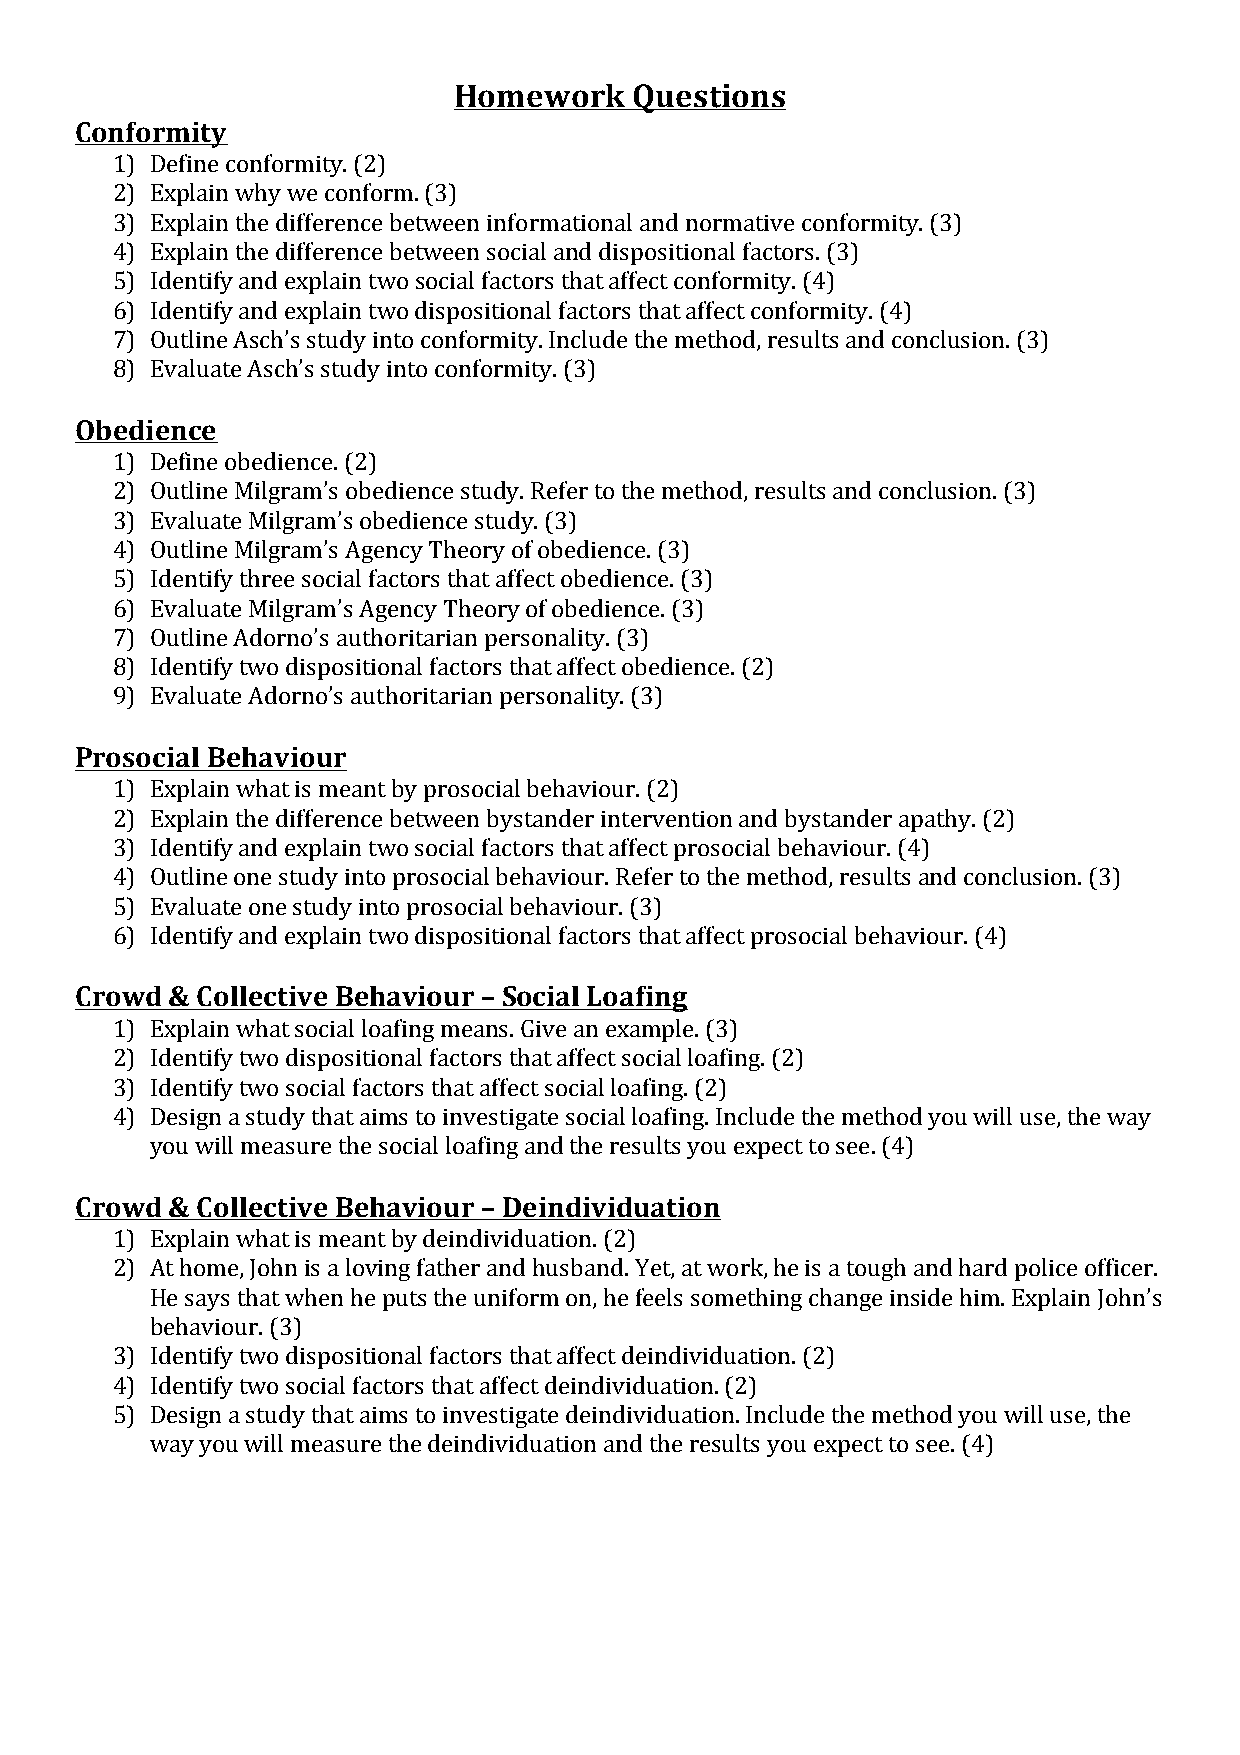
Homework    Questions
 Conformity
 1) Define conformity. (2)
 2) Explain why we conform. (3)
 3) Explain the difference between informational and normative conformity. (3)
 4) Explain the difference between social and dispositional factors. (3)
 5) Identify and explain two social factors that affect conformity. (4)
 6) Identify and explain two dispositional factors that affect conformity. (4)
 7) Outline Asch’s study into conformity. Include the method, results and conclusion. (3)
 8) Evaluate Asch’s study into conformity. (3)
 Obedience
 1) Define obedience. (2)
 2) Outline Milgram’s obedience study. Refer to the method, results and conclusion. (3)
 3) Evaluate Milgram’s obedience study. (3)
 4) Outline Milgram’s Agency Theory of obedience. (3)
 5) Identify three social factors that affect obedience. (3)
 6) Evaluate Milgram’s Agency Theory of obedience. (3)
 7) Outline Adorno’s authoritarian personality. (3)
 8) Identify two dispositional factors that affect obedience. (2)
 9) Evaluate Adorno’s authoritarian personality. (3)
 Prosocial Behaviour
 1) Explain what is meant by prosocial behaviour. (2)
 2) Explain the difference between bystander intervention and bystander apathy. (2)
 3) Identify and explain two social factors that affect prosocial behaviour. (4)
 4) Outline one study into prosocial behaviour. Refer to the method, results and conclusion. (3)
 5) Evaluate one study into prosocial behaviour. (3)
 6) Identify and explain two dispositional factors that affect prosocial behaviour. (4)
 Crowd & Collective Behaviour – Social Loafing
 1) Explain what social loafing means. Give an example. (3)
 2) Identify two dispositional factors that affect social loafing. (2)
 3) Identify two social factors that affect social loafing. (2)
 4) Design a study that aims to investigate social loafing. Include the method you will use, the way
 you will measure the social loafing and the results you expect to see. (4)
 Crowd & Collective Behaviour – Deindividuation
 1) Explain what is meant by deindividuation. (2)
 2) At home, John is a loving father and husband. Yet, at work, he is a tough and hard police officer.
 He says that when he puts the uniform on, he feels something change inside him. Explain John’s
 behaviour. (3)
 3) Identify two dispositional factors that affect deindividuation. (2)
 4) Identify two social factors that affect deindividuation. (2)
 5) Design a study that aims to investigate deindividuation. Include the method you will use, the
 way you will measure the deindividuation and the results you expect to see. (4)